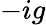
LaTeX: -ig